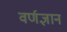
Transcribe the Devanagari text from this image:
वर्णज्ञान